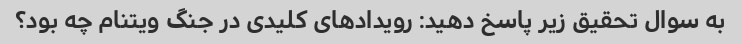
به سوال تحقیق زیر پاسخ دهید: رویدادهای کلیدی در جنگ ویتنام چه بود؟